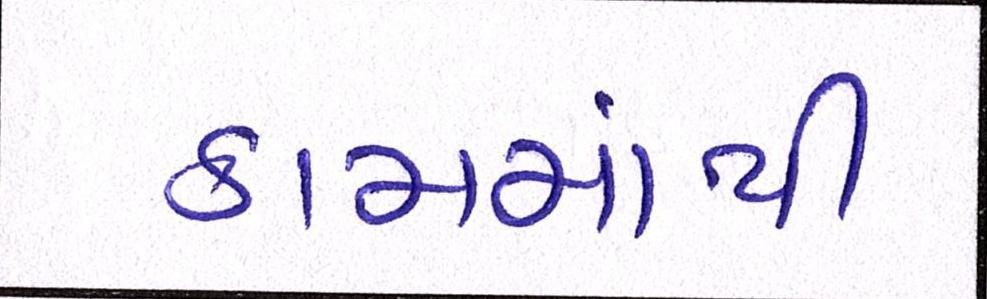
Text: કામમાંથી